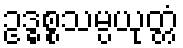
ဥဒ္ဓစ္စသမ္ပယုတ္တံ